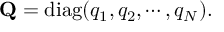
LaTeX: \mathrm { { \bf Q } } = \mathrm { d i a g } ( q _ { 1 } , q _ { 2 } , \cdots , q _ { N } ) .